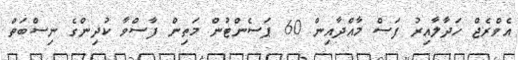
އެވްރެޖް ހަދާލާއިރު ފަސް މާއްދާއިން 60 ޕަސެންޓުން މަތިން ފާސްވާ ކުދިންގެ ނިސްބަތް